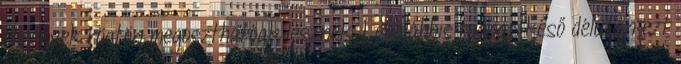
élmények rögtön megoszthatóak lesznek. Legalábbis tegnap késő délután ezt